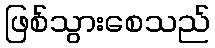
ဖြစ်သွားစေသည်